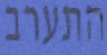
התערב